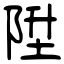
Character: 陞